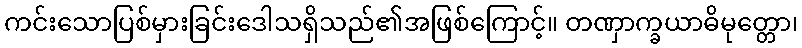
ကင်းသောပြစ်မှားခြင်းဒေါသရှိသည်၏အဖြစ်ကြောင့်။ တဏှာက္ခယာဓိမုတ္တော၊